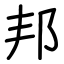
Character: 邦